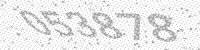
Solution: 053878